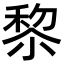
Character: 𥟖